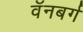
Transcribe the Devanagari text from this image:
वॅनबर्ग